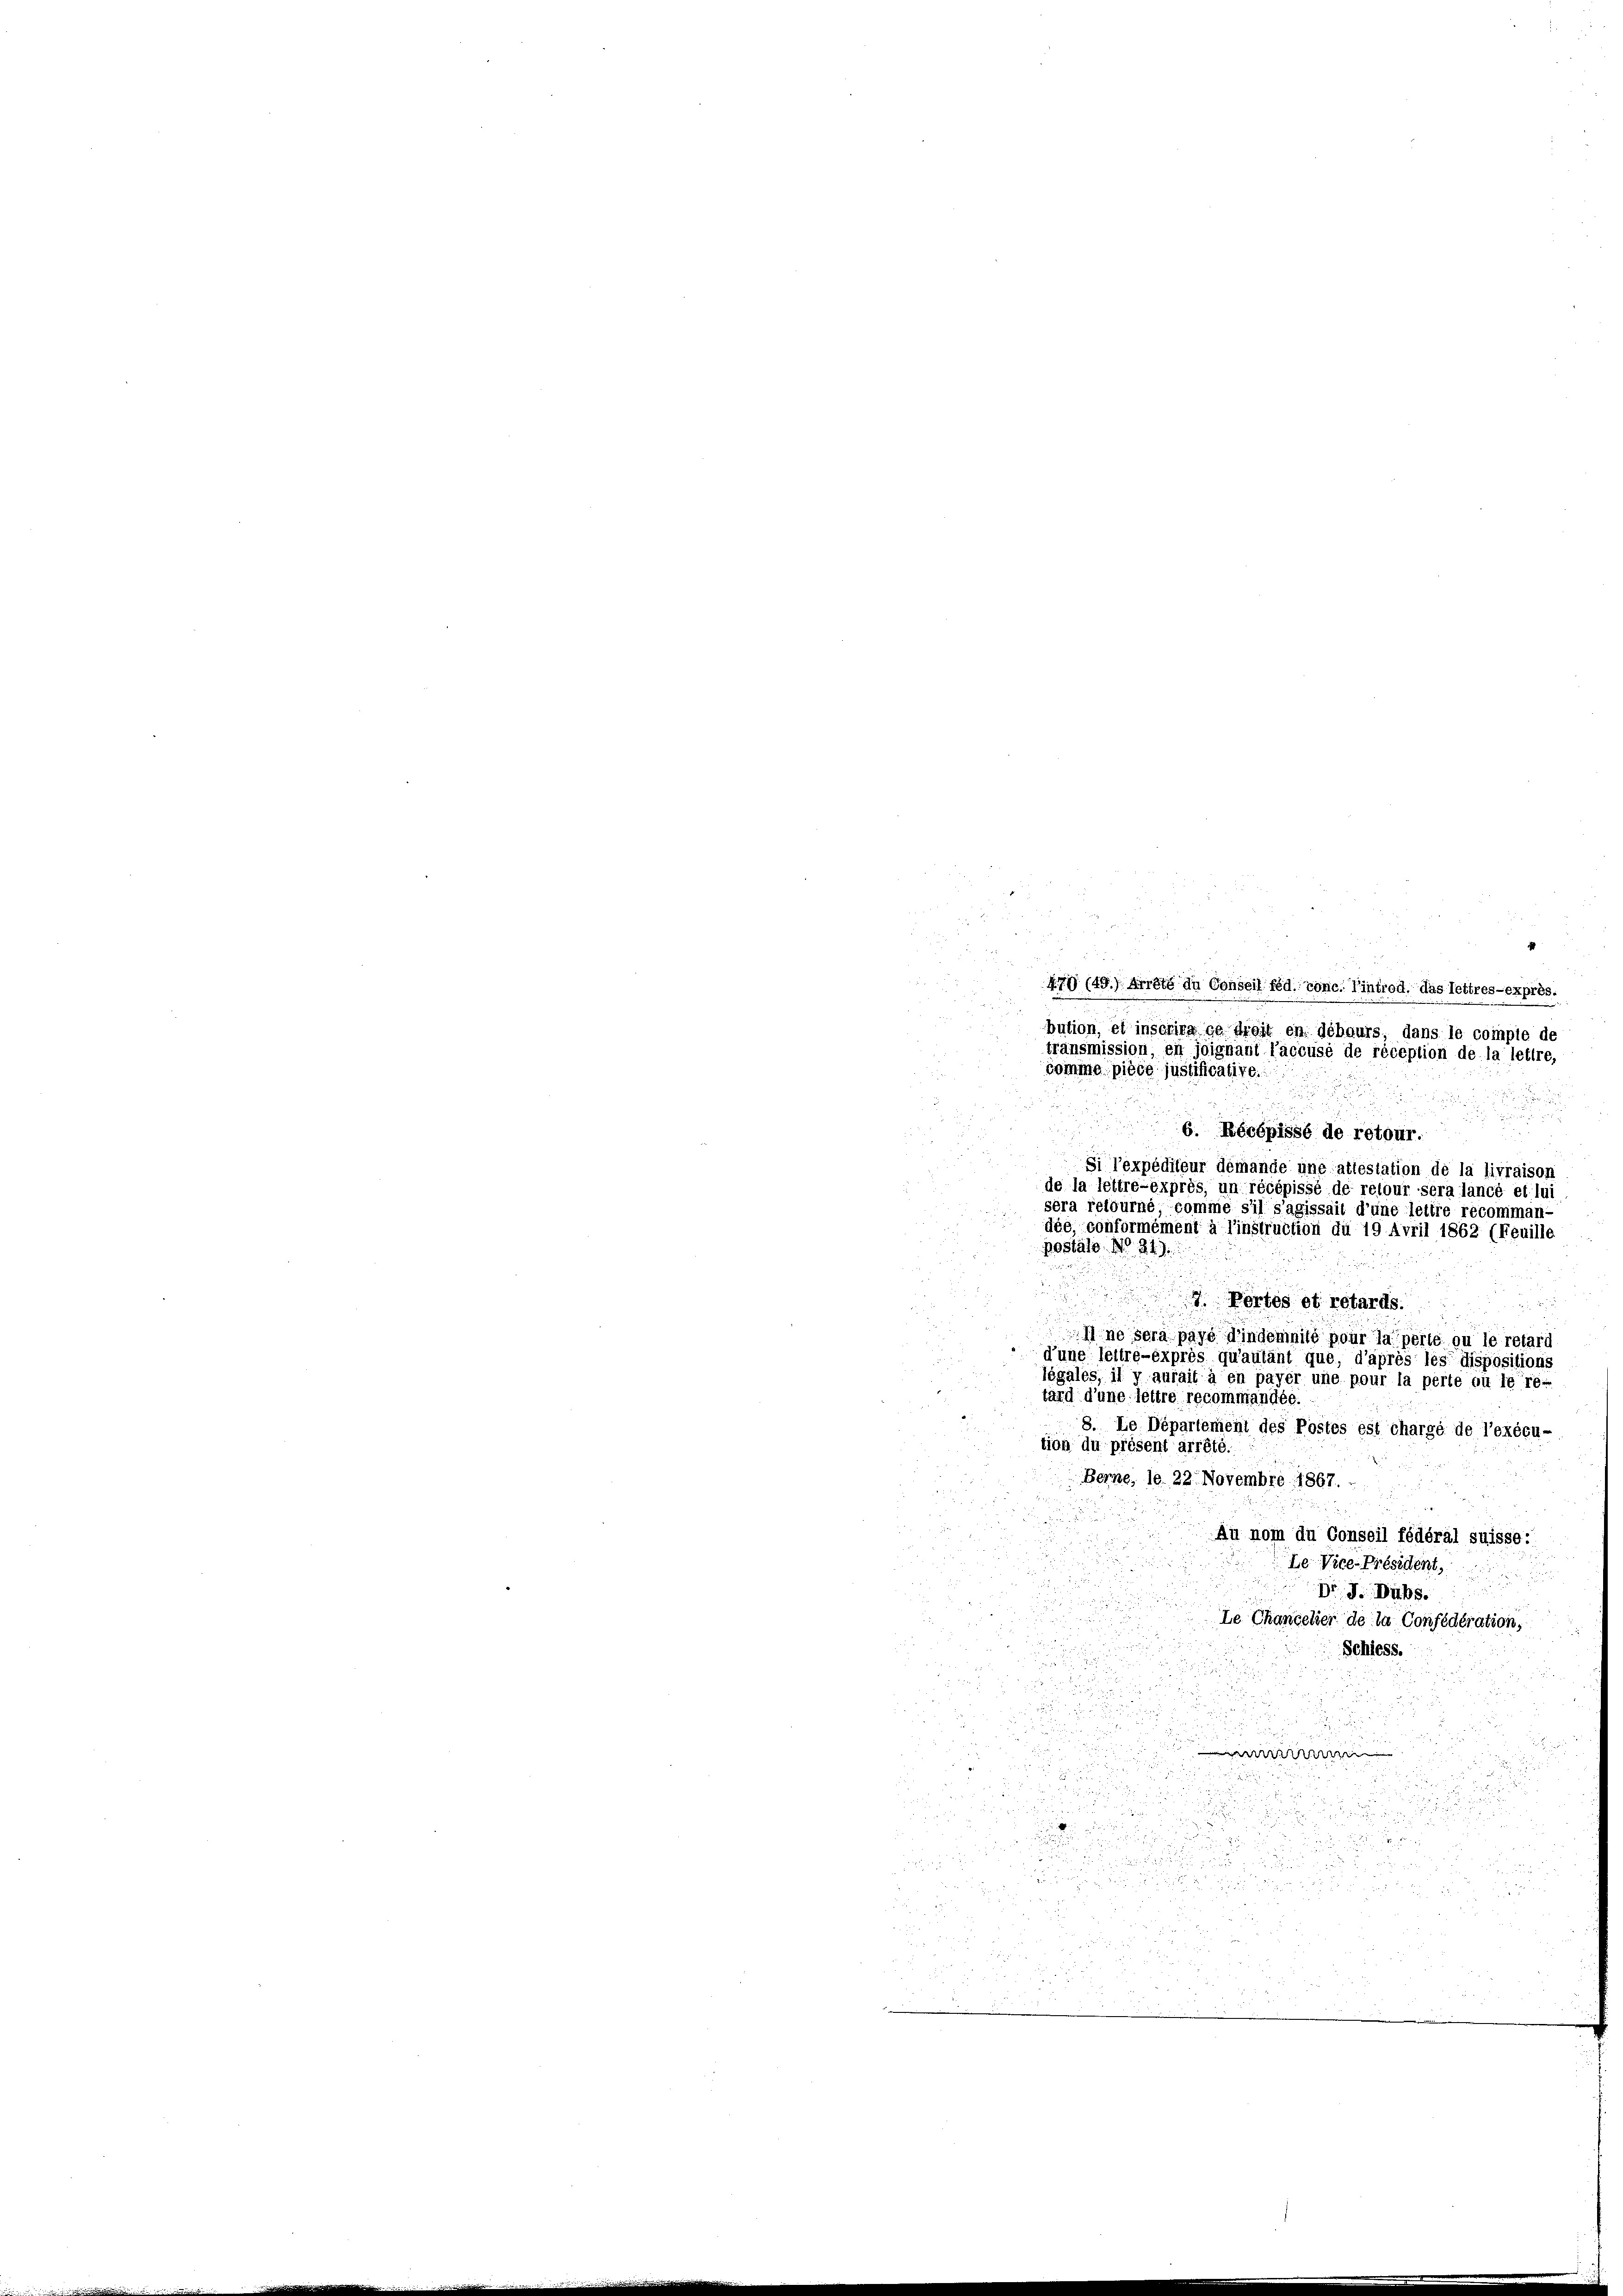
somme pièce justificative.

e

79 (49.) Arrhig in Conseil féd. conc. Eintrod, das Tettres-exprès.
bution, et inscrira gefeit en débaurs, dans le compte de
transmission, en joignant l’accusé de réception de la lettre,

6. Récépissé de retour.
2
Si l’expédiigur demande une attestation de la livraison
de la lettre-exprès, un récepis
de retour sera lancé et lui
sera retourné, comme s’il s’agissait
d’une lettre récomman-
dée, conformément à l’instruction du 19 Avril 1862 (Feuille
postäle. No 341).
.
 Portos et retards.

Il ne sera paye d’indemnité pour la perte ou le retard
 d’une leitré-éxprès qu’autant que, d’après les dispositions
légales, il y aurait à en payer une pour la perte ou le re-
tard d’une lettre recommandée.
8. Le Departement des Postes est chargé de l’exécu-
tion du présent arrêté.
Berne, le 22. Novembre 1867.
Au nom du Conseil fédéral suisse:
Le Vice-Président,

2
 12
Dr J. Dubs
i
s
Le Chancelier de la Confédération,

i
Schiess.

e

w

u

u
  der
e
8

¬
2
de
i

d
u
15

gieru

 x 3
 , und
.

d

.
 2